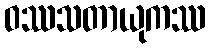
ဝဿသတာယုကဿ